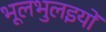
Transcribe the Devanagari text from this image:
भूलभुलइयों